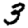
Digit: 3